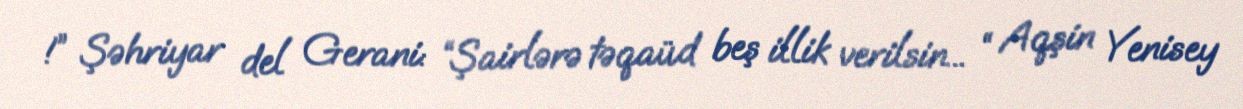
!” Şəhriyar del Gerani: “Şairlərə təqaüd beş illik verilsin... “ Aqşin Yenisey